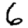
Digit: 6